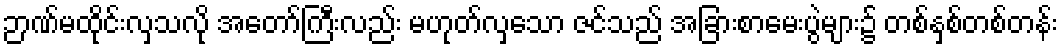
ဉာဏ်မထိုင်းလှသလို အတော်ကြီးလည်း မဟုတ်လှသော ဇင်သည် အခြားစာမေးပွဲများ၌ တစ်နှစ်တစ်တန်း